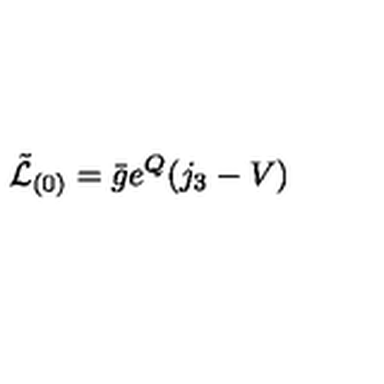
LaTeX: \tilde { \mathcal { L } } _ { ( 0 ) } = \bar { g } e ^ { Q } ( j _ { 3 } - V ) \,